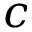
c